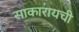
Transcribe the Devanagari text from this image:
साकारायची